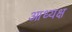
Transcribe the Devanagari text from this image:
आध्यक्ष